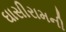
ઘાસીરામની